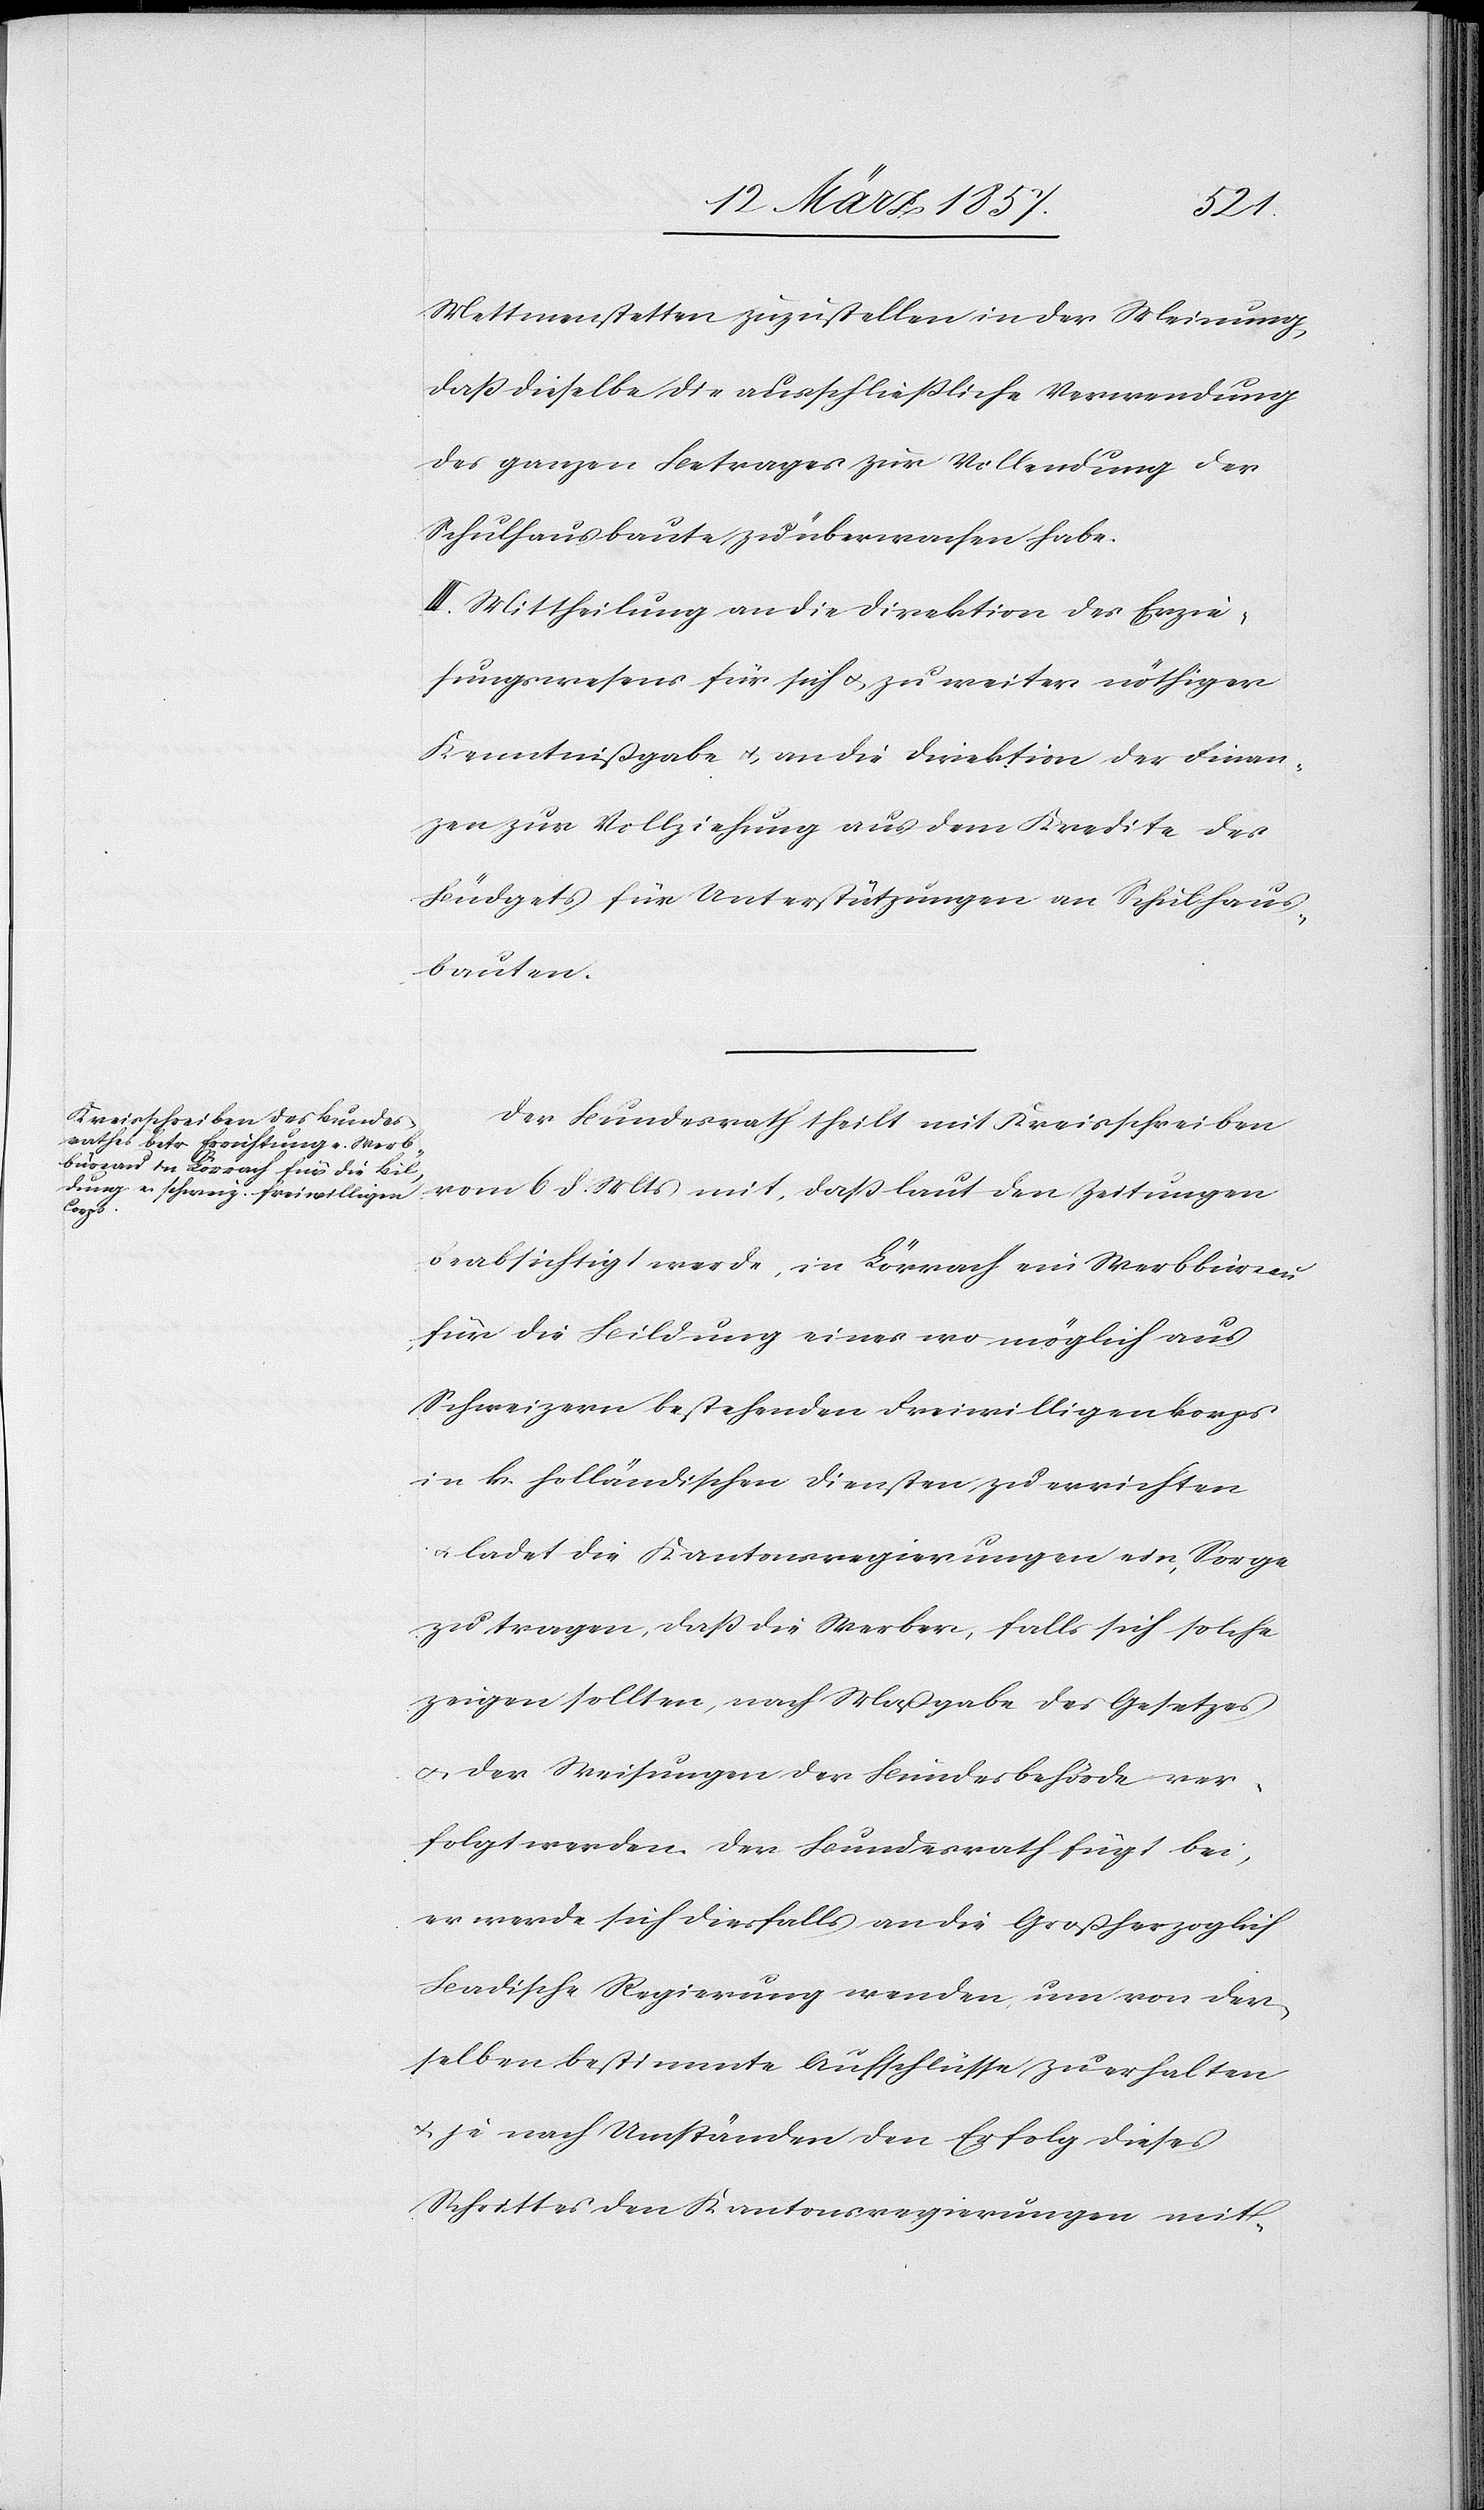
Mettmenstetten zuzustellen in der Meinung,
daß dieselbe die ausschließliche Verwendung
des ganzen Betrages zur Vollendung der
Schulhausbaute zu überwachen habe.
III. Mittheilung an die Direktion des Erzie¬
hungswesens für sich u. zu weiter nöthiger
Kenntnißgabe u. an die Direktion der Finan¬
zen zur Vollziehung aus dem Kredite des
Büdgets für Unterstützungen an Schulhaus¬
bauten.
Der Bundesrath theilt mit Kreisschreiben
vom 6 d. Mts mit, daß laut den Zeitungen
beabsichtigt werde, in Lörrach ein Werbbüreau
für die Bildung eines wo möglich aus
Schweizern bestehenden Freiwilligenkorps
in k. holländischen Diensten zu errichten
u. ladet die Kantonsregierungen ein, Sorge
zu tragen, daß die Werber, falls sich solche
zeigen sollten, nach Maßgabe des Gesetzes
u. der Weisungen der Bundesbehörde ver¬
folgt werden. Der Bundesrath fügt bei,
er werde sich diesfalls an die Großherzoglich
Badische Regierung wenden, um von der¬
selben bestimmte Aufschlüsse zu erhalten
u. je nach Umständen den Erfolg dieses
Schrittes den Kantonsregierungen mit-